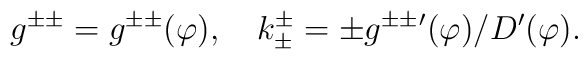
g^{\pm\pm}=g^{\pm\pm}(\varphi),\quad k_\pm^\pm=\pm g^{\pm\pm}{}'(\varphi)/D'(\varphi).